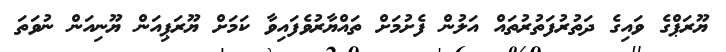
ޔޫރަޕްގެ ވައިގެ ދަތުރުފަތުރުތައް އަލުން ފެށުމަށް ތައްޔާރުވެފައިވާ ކަމަށް ޔޫރަޕިއަން ޔޫނިއަން ނުވަތަ